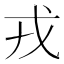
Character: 戎